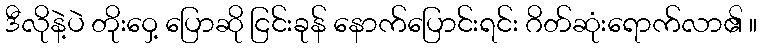
ဒီလိုနဲ့ပဲ တိုးဝှေ့ ပြောဆို ငြင်းခုန် နောက်ပြောင်းရင်း ဂိတ်ဆုံးရောက်လာ၏ ။